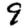
Digit: 9